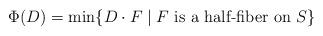
LaTeX: \begin{align*}\Phi(D)=\min\{D\cdot F\mid F~\textrm{is a half-fiber on}~S\}\end{align*}